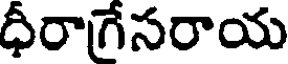
ధీరాగేసరాయ